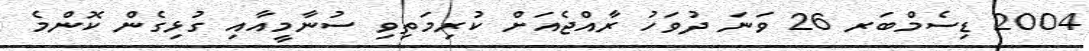
2004 ޑިސެމްބަރ 26 ވަނަ ދުވަހު ރާއްޖެއަށް ކުރިމަތިވި ސުނާމީއާއި ގުޅިގެން ކޮންމެ